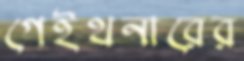
গেইথনারের